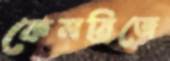
কেমব্রিজে